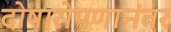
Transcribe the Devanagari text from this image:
दोषारोपणानंतर